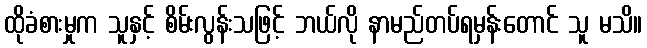
ထိုခံစားမှုက သူနှင့် စိမ်းလွန်းသဖြင့် ဘယ်လို နာမည်တပ်ရမှန်းတောင် သူ မသိ။